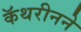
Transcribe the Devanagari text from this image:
कॅथरीनने